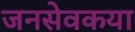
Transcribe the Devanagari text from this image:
जनसेवकया